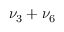
\nu _ { 3 } + \nu _ { 6 }